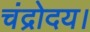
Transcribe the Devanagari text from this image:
चंद्रोदय।